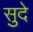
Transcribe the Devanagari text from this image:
सुदे